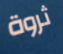
ثروة